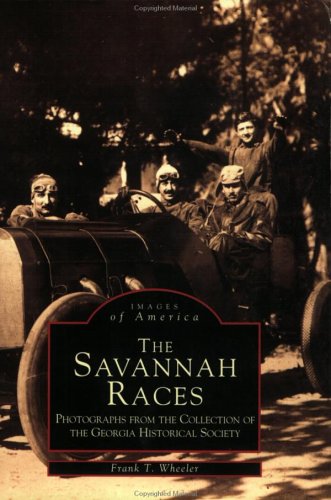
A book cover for Savannah Races (Images of America (Arcadia Publishing)); Georgia Historical Society; Travel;